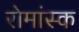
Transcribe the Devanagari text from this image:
रोमांस्क